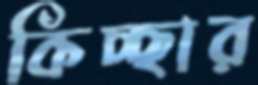
কিচ্ছার